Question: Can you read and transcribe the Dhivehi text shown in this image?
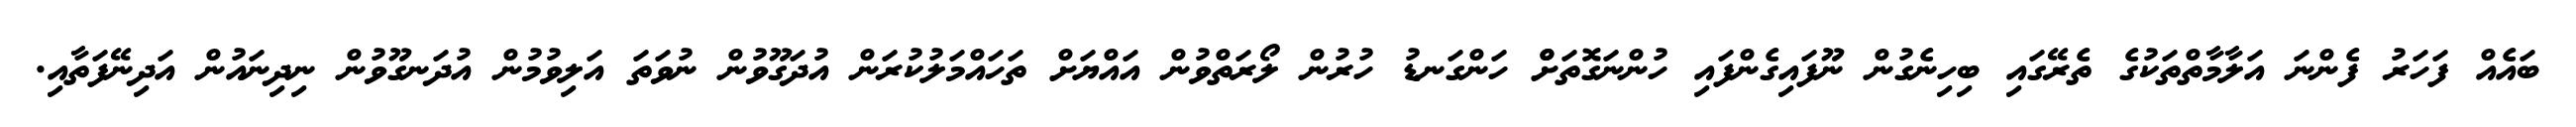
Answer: ބައެއް ފަހަރު ފެންނަ އަލާމާތްތަކުގެ ތެރޭގައި ބިހިނެގުން ނޫފައިގެންފައި ހުންނަގޮތަށްް ހަންގަނޑު ހުރުން ލޯރަތްވުން އައްޔަށް ތަހައްމަލުކުރަން އުދަގޫވުން ނުވަތަ އަލިވުމުން އުދަނގޫވުން ނިދިނައުން އަދިނޭފަތާއި.